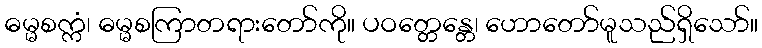
ဓမ္မစက္ကံ၊ ဓမ္မစကြာတရားတော်ကို။ ပဝတ္တေန္တေ၊ ဟောတော်မူသည်ရှိသော်။